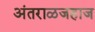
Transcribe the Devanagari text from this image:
अंतराळजहाज